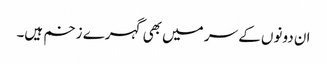
ان دونوں کے سر میں بھی گہرے زخم ہیں۔